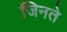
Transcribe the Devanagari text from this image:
जिनते